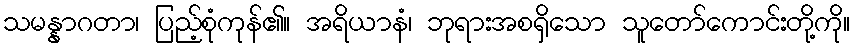
သမန္နာဂတာ၊ ပြည့်စုံကုန်၏။ အရိယာနံ၊ ဘုရားအစရှိသော သူတော်ကောင်းတို့ကို။